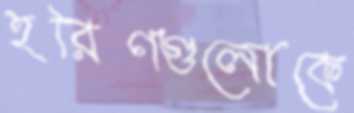
হরিণগুলোকে